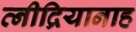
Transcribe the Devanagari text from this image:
त्नीद्रियानाह